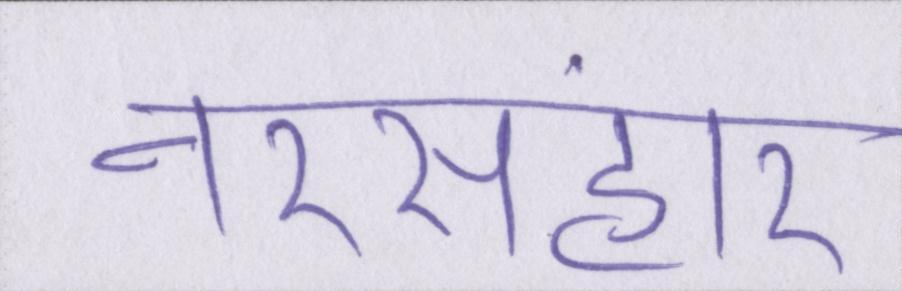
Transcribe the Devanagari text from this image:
नरसंहार